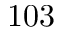
1 0 3